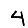
Digit: 4